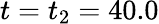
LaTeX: t=t_{2}=40.0